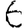
Digit: 6